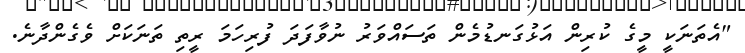
"އެތަނަަކީ މީގެ ކުރިން އަޅުގަނޑުމެން ތަސައްވަރު ނުވާފަދަ ފުރިހަމަ ރީތި ތަނަކަށް ވެގެންދާނެ.